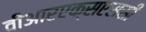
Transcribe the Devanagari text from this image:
वीआरएक्सएससी